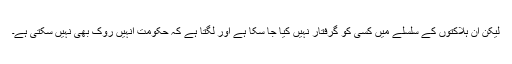
لیکن ان ہلاکتوں کے سلسلے میں کسی کو گرفتار نہیں کیا جا سکا ہے اور لگتا ہے کہ حکومت انہیں روک بھی نہیں سکتی ہے۔